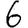
Digit: 6